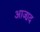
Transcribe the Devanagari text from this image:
आजा़द